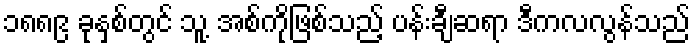
၁၈၈၉ ခုနှစ်တွင် သူ့ အစ်ကိုဖြစ်သည့် ပန်းချီဆရာ ဒီကလလွန်သည်